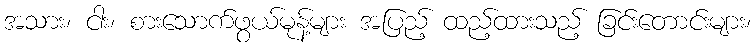
အသား၊ ငါး၊ စားသောက်ဖွယ်မုန့်များ အပြည့် ထည့်ထားသည့် ခြင်းတောင်းများ၊